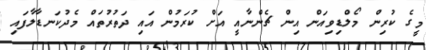
މީގެ ކުރިން މޯލްޑިވިއަން އިން ޗެންނާއީ އަށް ކުރަމުން އައި ދަތުރުތައް މެދުކަނޑާލާފައި